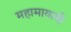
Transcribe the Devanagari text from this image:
महामायावी